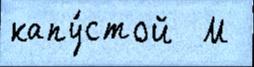
капу́стой  М